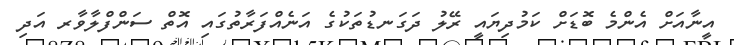
އީނާއަށް އެންމެ ބޮޑަށް ކަމުދިޔައީ ރޭލު ދަގަނޑުތަކުގެ އަނެއްފަރާތުގައި އޮތް ސަންފްލާވާރ އަދި